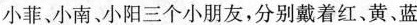
小菲、小南、小阳三个小朋友，分别戴着红、黄、蓝